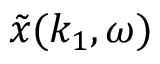
\tilde { x } ( k _ { 1 } , \omega )